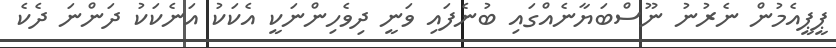
ޕީޕީއެމުން ނެރުނު ނޫސްބަޔާނެއްގައި ބުނެފައި ވަނީ ދިވެހިންނަކީ އެކަކު އަނެކަކު ދަންނަ ދެކެ